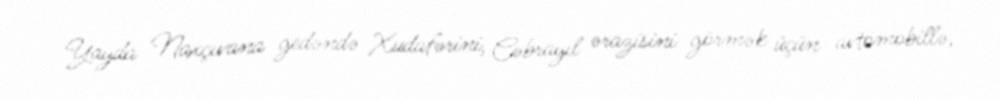
Yayda Naxçıvana gedəndə Xudafərini, Cəbrayıl ərazisini görmək üçün avtomobillə,